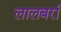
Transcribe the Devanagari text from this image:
लालबर्रा